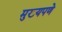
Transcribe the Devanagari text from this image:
मुख्यपणे